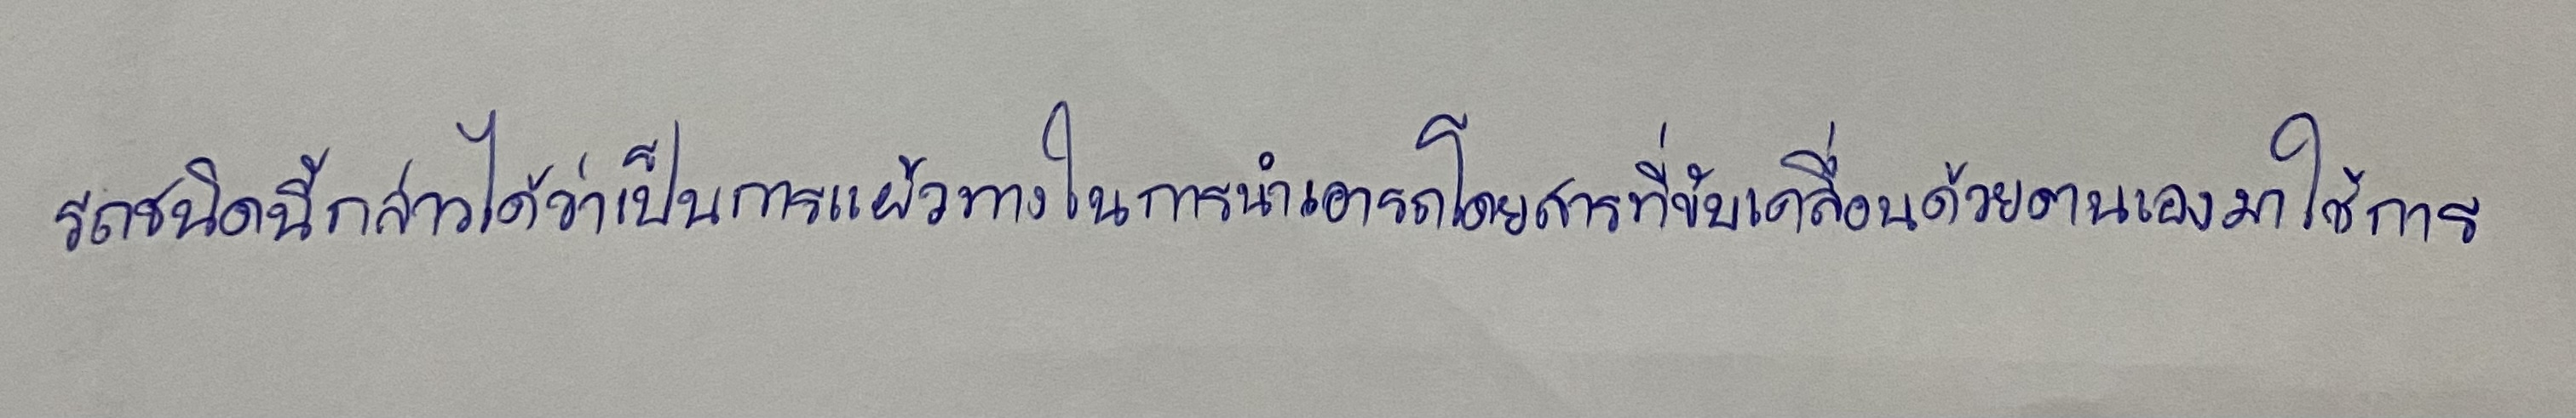
รถชนิดนี้กล่าวได้ว่าเป็นการแผ้วทางในการนำเอารถโดยสารที่ขับเคลื่อนด้วยตนเองมาใช้การ